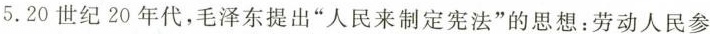
5.20世纪20年代，毛泽东提出”人民来制定宪法”的思想：劳动人民参